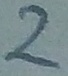
Text: 2